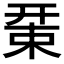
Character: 𢆚